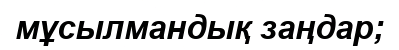
мұсылмандық заңдар;